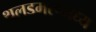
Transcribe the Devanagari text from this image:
थलडमरूमध्य